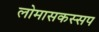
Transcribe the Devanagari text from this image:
लोमासकस्सप